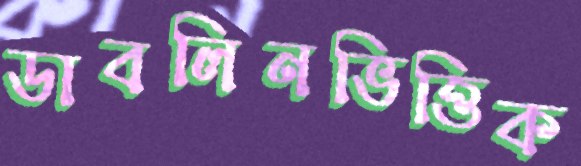
ডাবলিনভিত্তিক